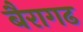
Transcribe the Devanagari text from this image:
बैरागढ